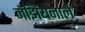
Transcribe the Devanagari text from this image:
नॅझियनाले